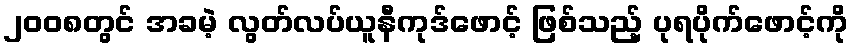
၂၀၀၈တွင် အခမဲ့ လွတ်လပ်ယူနီကုဒ်ဖောင့် ဖြစ်သည့် ပုရပိုက်ဖောင့်ကို